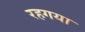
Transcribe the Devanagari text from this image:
रहगया